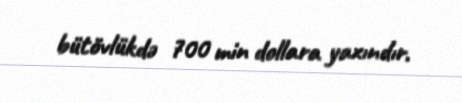
bütövlükdə 700 min dollara yaxındır.